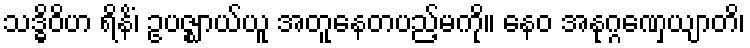
သဒ္ဓိဝိဟ ရိနိံ၊ ဥပဇ္ဈာယ်ယူ အတူနေတပည့်မကို။ နေဝ အနုဂ္ဂဏှေယျာတိ၊